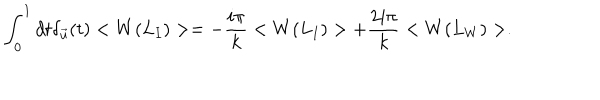
LaTeX: \int _ { 0 } ^ { 1 } d t \delta _ { \vec { u } } ( t ) < W ( L _ { I } ) > = - { \frac { i \pi } { k } } < W ( L _ { I } ) > + { \frac { 2 i \pi } { k } } < W ( L _ { W } ) > .